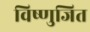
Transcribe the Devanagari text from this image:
विष्णुजित